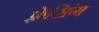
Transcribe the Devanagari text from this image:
फ़्रेसिंग